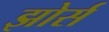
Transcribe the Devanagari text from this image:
झोर्स